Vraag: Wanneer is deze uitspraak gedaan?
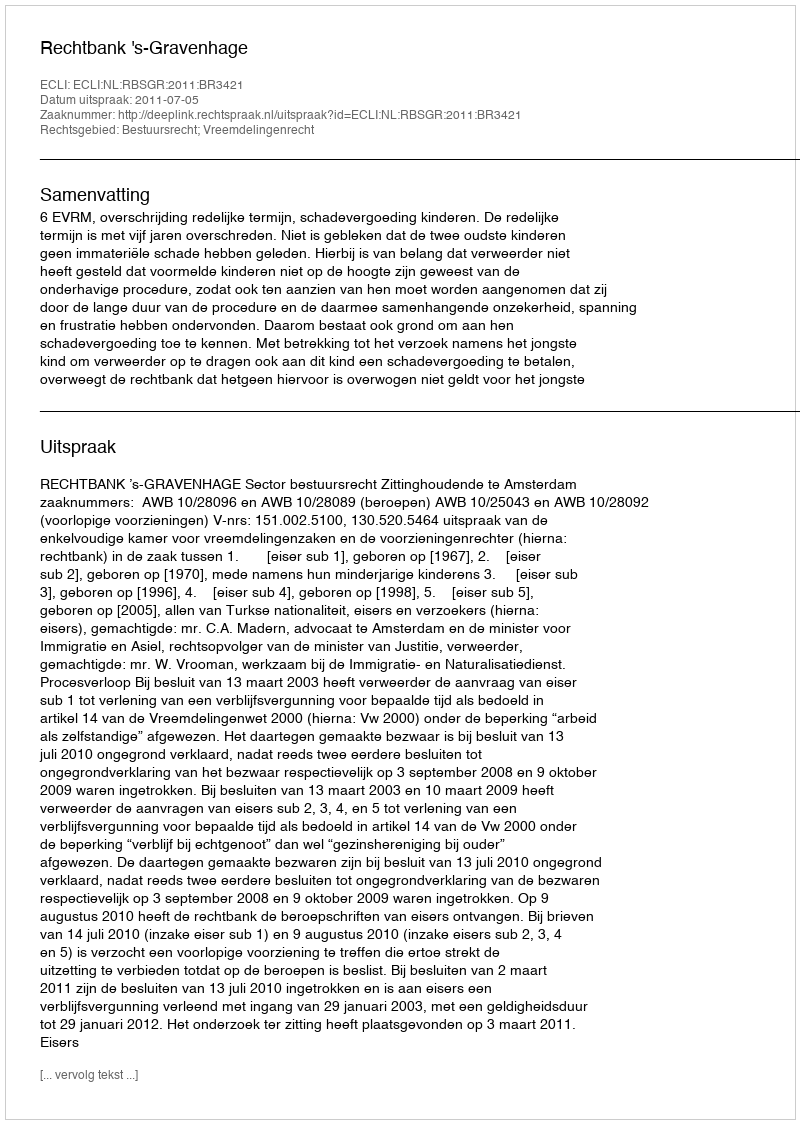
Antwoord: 2011-07-05